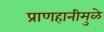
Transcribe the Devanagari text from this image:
प्राणहानीमुळे